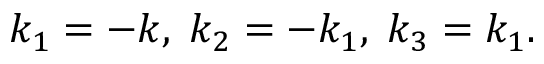
k _ { 1 } = - k , \; k _ { 2 } = - k _ { 1 } , \; k _ { 3 } = k _ { 1 } .